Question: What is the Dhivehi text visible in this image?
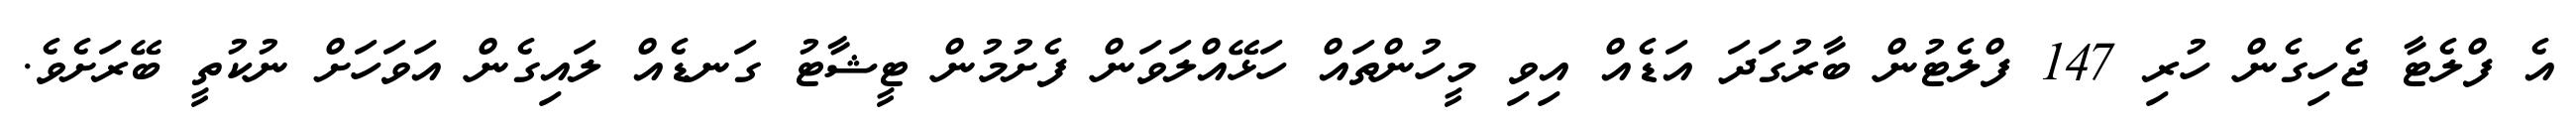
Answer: އެ ފްލެޓާ ޖެހިގެން ހުރި 147 ފްލެޓުން ބާރުގަދަ އަޑެއް އިވި މީހުންތައް ހަޅޭއްލަވަން ފެށުމުން ޓީޝާޓު ގަނޑެއް ލައިގެން އަވަހަށް ނުކުތީ ބޭރަށެވެ.